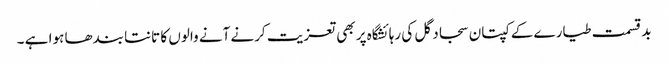
بد قسمت طیارے کے کپتان سجاد گل کی رہائشگاہ پر بھی تعزیت کرنے آنے والوں کا تانتا بندھا ہوا ہے ۔